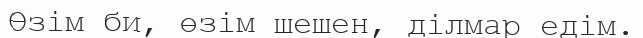
Өзім би, өзім шешен, ділмар едім.